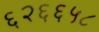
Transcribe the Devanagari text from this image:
६२६६५८